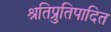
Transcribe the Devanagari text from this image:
श्रुतिप्रतिपादित